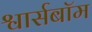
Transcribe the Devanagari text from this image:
श्वार्सबॉम